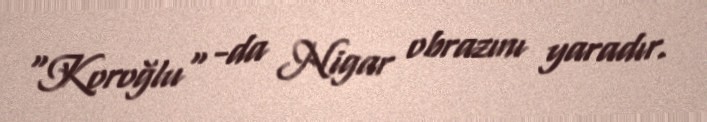
"Koroğlu" -da Nigar obrazını yaradır.